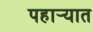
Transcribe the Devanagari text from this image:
पहार्‍यात